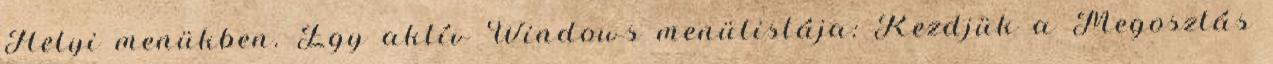
Helyi menükben. Egy aktív Windows menülistája: Kezdjük a Megosztás